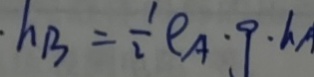
h _ { B } = \frac { 1 } { 2 } \rho A \cdot 9 \cdot h _ { A }